Report of an investigation into the causes of malaria in Bombay and the measures necessary for its control
Disease focus: Malaria
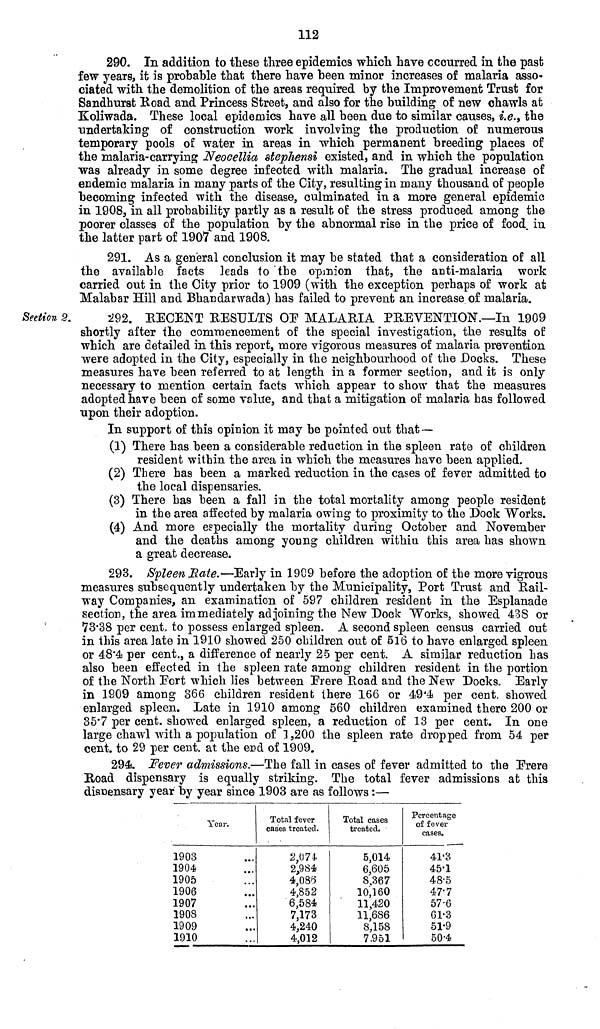
112
290. In addition to these three epidemics which have occurred in the past
few years, it is probable that there have been minor increases of malaria asso-
ciated with the demolition of the areas required by the Improvement Trust for
Sandhurst Road and Princess Street, and also for the building of new chawls at
Koliwada. These local epidemics have all been due to similar causes, i.e., the
undertaking of construction work involving the production of numerous
temporary pools of water in areas in which permanent breeding places of
the malaria-carrying Neocellia stephensi existed, and in which the population
was already in some degree infected with malaria. The gradual increase of
endemic malaria in many parts of the City, resulting in many thousand of people
becoming infected with the disease, culminated in a more general epidemic
in 1908, in all probability partly as a result of the stress produced among the
poorer classes of the population by the abnormal rise in the price of food in
the latter part of 1907 and 1908.
291. As a general conclusion it may be stated that a consideration of all
the available facts leads to the opinion that, the anti-malaria work
carried out in the City prior to 1909 (with the exception perhaps of work at
Malabar Hill and Bhandarwada) has failed to prevent an increase of malaria.
Section 2.
292. RECENT RESULTS OF MALARIA PREVENTION .—In 1909
shortly after the commencement of the special investigation, the results of
which are detailed in this report, more vigorous measures of malaria prevention
were adopted in the City, especially in the neighbourhood of the Docks. These
measures have been referred to at length in a former section, and it is only
necessary to mention certain facts which appear to show that the measures
adopted have been of some value, and that a mitigation of malaria has followed
upon their adoption.
In support of this opinion it may be pointed out that —
(1) There has been a considerable reduction in the spleen rate of children
resident within the area in which the measures have been applied.
(2) There has been a marked reduction in the cases of fever admitted to
the local dispensaries.
(3) There has been a fall in the total mortality among people resident
in the area affected by malaria owing to proximity to the Dock Works.
(4) And more especially the mortality during October and November
and the deaths among young children within this area has shown
a great decrease.
293. Spleen Rate.—Early in 1909 before the adoption of the more vigrous
measures subsequently undertaken by the Municipality, Port Trust and Rail-
way Companies, an examination of 597 children resident in the Esplanade
section, the area immediately adjoining the New Dock Works, showed 438 or
73.38 per cent, to possess enlarged spleen. A second spleen census carried out
in this area late in 1910 showed 250 children out of 516 to have enlarged spleen
or 48.4J per cent., a difference of nearly 25 per cent. A similar reduction has
also been effected in the spleen rate among children resident in the portion
of the North Port which lies between Frere Road and the New Docks. Early
in 1909 among 366 children resident there 166 or 49.4 per cent. showed
enlarged spleen. Late in 1910 among 560 children examined there 200 or
35.7 per cent, showed enlarged spleen, a reduction of 13 per cent. In one
large chawl with a population of 1,200 the spleen rate dropped from 54 per
cent. to 29 per cent. at the end of 1909.
294. Fever admissions.—The fall in cases of fever admitted to the Frere
Road dispensary is equally striking. The total fever admissions at this
dispensary year by year since 1903 are as follows :—
Year.
1903
1904
1905
1906
1907
1908
1909
1910
Total fever
cases treated.
2,071
2,984
4,083
4,852
6,584
7,173
4,240
4,012
Total cases
treated.
5,014
6,605
8,367
10,160
11,420
11,686
8,158
7,951
Percentage
of fever
cases.
41.3
45.1
48.5
47.7
57.6
61.3
51.9
50.4